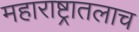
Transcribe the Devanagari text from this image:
महाराष्ट्रातलाच